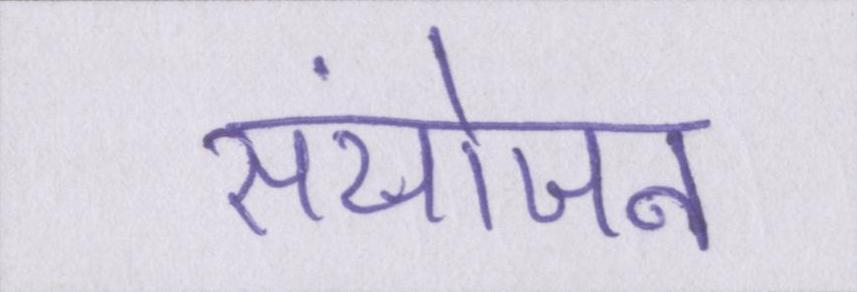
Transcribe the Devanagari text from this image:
संयोजन